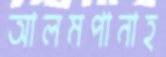
আলমপানাহ